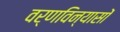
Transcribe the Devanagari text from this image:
वर्णविन्यासों